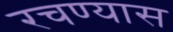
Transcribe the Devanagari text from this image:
रचण्यास